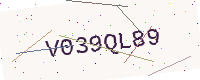
Text: V039QL89